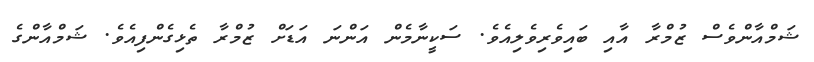
ޝަމްއާންވެސް ޒުމްރާ އާއި ބައިވެރިވެލިއެވެ. ސަކީނާމެން އަންނަ އަޑަށް ޒުމްރާ ތެޅިގެންފިއެވެ. ޝަމްއާންގެ